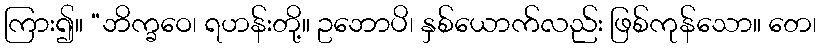
ကြား၍။ “ဘိက္ခဝေ၊ ရဟန်းတို့။ ဥဘောပိ၊ နှစ်ယောက်လည်း ဖြစ်ကုန်သော။ တေ၊